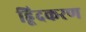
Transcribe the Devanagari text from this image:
हिूंदकरण